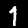
Label: 1